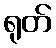
ရုတ်